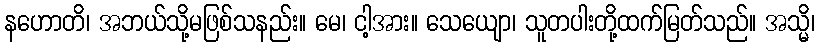
နဟောတိ၊ အဘယ်သို့မဖြစ်သနည်း။ မေ၊ ငါ့အား။ သေယျော၊ သူတပါးတို့ထက်မြတ်သည်။ အသ္မိ၊